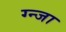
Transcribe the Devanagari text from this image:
ग्न्जा